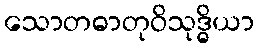
သောတဓာတုဝိသုဒ္ဓိယာ